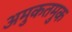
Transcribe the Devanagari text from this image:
अमुकतमुक